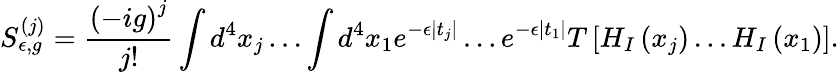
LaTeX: S_{\epsilon,g}^{(j)}=\frac{\left(-ig\right)^{j}}{j!}\int d^{4}x_{j}\ldots\int d^{4}x_{1}e^{-\epsilon\left|t_{j}\right|}\ldots e^{-\epsilon\left|t_{1}\right|}T\left[H_{I}\left(x_{j}\right)\ldots H_{I}\left(x_{1}\right)\right].